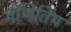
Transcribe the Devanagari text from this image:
गंणितिय